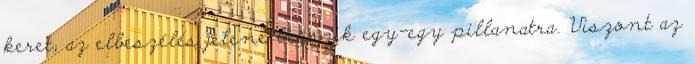
keret, az elbeszélés jelene beúszik egy-egy pillanatra. Viszont az